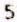
5